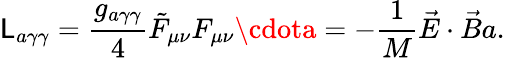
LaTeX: \mathsf{L}_{a\gamma\gamma}=\frac{{g_{a\gamma\gamma}}}{{4}}\tilde{{F}}_{\mu\nu}F_{\mu\nu}\cdota=-\frac{{1}}{{M}}\vec{{E}}\cdot\vec{{B}}a.